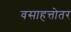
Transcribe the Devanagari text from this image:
वसाहत्तोतर